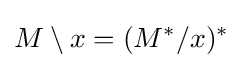
M\setminus x=(M^{\ast }/x)^{\ast }